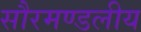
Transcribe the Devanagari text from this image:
सौरमण्डलीय